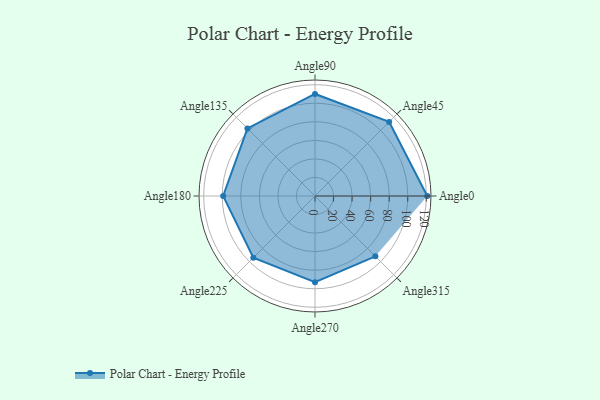
{"axis": {"x": "Angle", "y": "Radius"}, "legend": [""], "data": [{"x": "Angle0", "y": 121.0, "type": ""}, {"x": "Angle45", "y": 113.0, "type": ""}, {"x": "Angle90", "y": 110.0, "type": ""}, {"x": "Angle135", "y": 103.0, "type": ""}, {"x": "Angle180", "y": 99.0, "type": ""}, {"x": "Angle225", "y": 94.0, "type": ""}, {"x": "Angle270", "y": 93.0, "type": ""}, {"x": "Angle315", "y": 92.0, "type": ""}]}